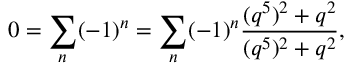
0 = \sum _ { n } ( - 1 ) ^ { n } = \sum _ { n } ( - 1 ) ^ { n } \frac { ( q ^ { 5 } ) ^ { 2 } + q ^ { 2 } } { ( q ^ { 5 } ) ^ { 2 } + q ^ { 2 } } ,